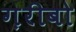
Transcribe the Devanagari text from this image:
ग़रीबो